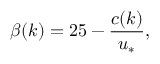
\beta ( k ) = 2 5 - \frac { c ( k ) } { u _ { * } } ,